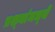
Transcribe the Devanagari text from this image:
प्रश्‍नांमध्‍ये